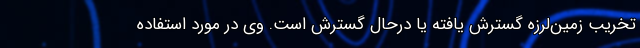
تخریب زمین‌لرزه گسترش یافته یا درحال گسترش است. وی در مورد استفاده